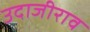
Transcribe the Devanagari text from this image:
उदाजीराव